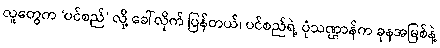
လူတွေက ‘ပင်စည်’ လို့ ခေါ်လိုက် ပြန်တယ်၊ ပင်စည်ရဲ့ ပုံသဏ္ဌာန်က ခုနအမြစ်နဲ့